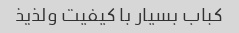
کباب بسیار با کیفیت و‌لذیذ